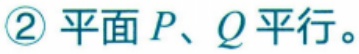
\textcircled{2} 平面 \(P\)、\(Q\)平行。